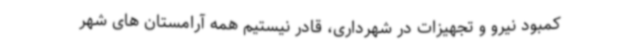
کمبود نیرو و تجهیزات در شهرداری، قادر نیستیم همه آرامستان های شهر